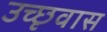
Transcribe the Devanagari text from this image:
उच्छृवास